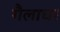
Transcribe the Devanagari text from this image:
गैलाघर